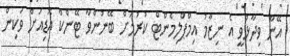
އޭނާ ވިދާޅުވީ އެ ނިޒާމު އިމްޕްލިމެންޓް ކުރުމަށް ބޭނުންވާ ޓޭންކް އޮޑިއަށް ވަކިން